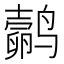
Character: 𬸬